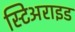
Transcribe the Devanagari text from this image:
स्टिअराइड